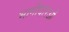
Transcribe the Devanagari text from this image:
भागीदारओं